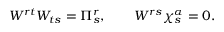
W ^ { r t } W _ { t s } = \Pi _ { s } ^ { r } , \qquad W ^ { r s } \chi _ { s } ^ { \alpha } = 0 .